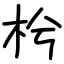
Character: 枍